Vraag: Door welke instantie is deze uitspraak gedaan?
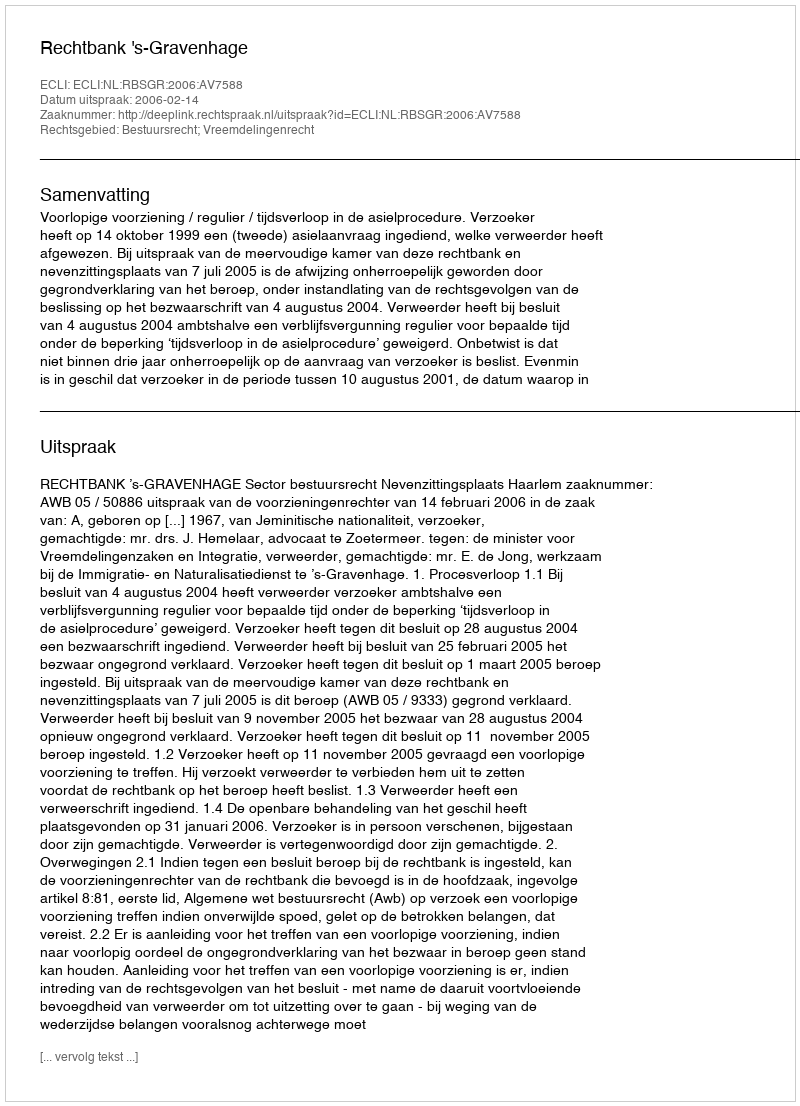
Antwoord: Rechtbank 's-Gravenhage